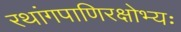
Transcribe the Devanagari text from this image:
रथांगपाणिरक्षोभ्यः